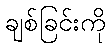
ချစ်ခြင်းကို